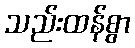
သည်းထန်စွာ